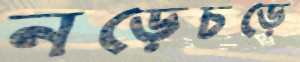
নড়েচড়ে